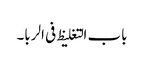
باب التغلیظ فی الربا۔